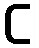
င